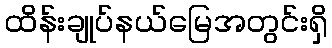
ထိန်းချုပ်နယ်မြေအတွင်းရှိ